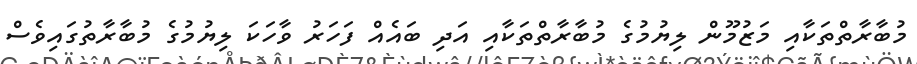
މުބާރާތްތަކާއި މަޒުމޫން ލިޔުމުގެ މުބާރާތްތަކާއި އަދި ބައެއް ފަހަރު ވާހަކަ ލިޔުމުގެ މުބާރާތުގައިވެސް